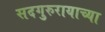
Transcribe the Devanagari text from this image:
सदगुरुरायाच्या